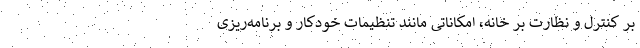
بر کنترل و نظارت بر خانه، امکاناتی مانند تنظیمات خودکار و برنامه‌ریزی